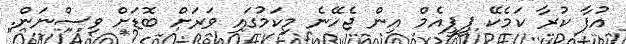
އުފާ ކުރާ ކަމެކޭ ޕީޕީއެމް އިން ޖެހޭނެ މިކަމުގައި ވަރަށް ބޮޑަށް ވިސްނަން.